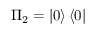
\Pi _ { 2 } = \left\vert 0 \right\rangle \left\langle 0 \right\vert